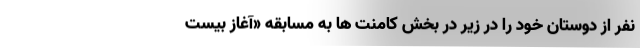
نفر از دوستان خود را در زیر در بخش کامنت ها به مسابقه «آغاز بیست